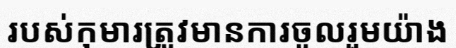
របស់កុមារត្រូវមានការចូលរួមយ៉ាង